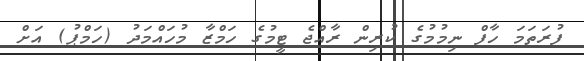
ފުރަތަމަ ހާފް ނިމުމުގެ ކުރިން ރާއްޖެ ޓީމުގެ ހަމްޒާ މުހައްމަދު (ހަމްޕު) އަށް